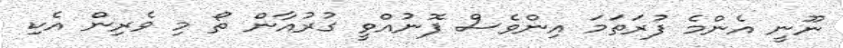
ނޫނީ އެންމެ ފުރަތަމަ އިންވެސް ފޮނުއްވީ ގުރުއާން ތޯ މި ވެރިން އެކި